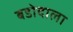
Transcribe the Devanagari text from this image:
बडोदाला